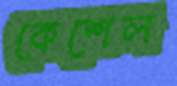
কেশেল